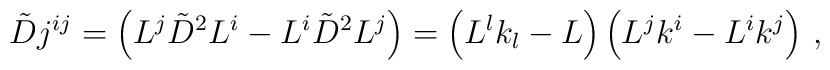
\tilde{D} j^{i j} = \left( L^j \tilde{D}^2 L^i - L^i \tilde{D}^2 L^j \right) =   \left( L^l k_l - L \right) \left(L^j k^i - L^i k^j \right)\,,